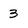
Character: 3